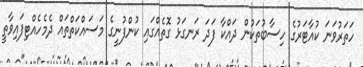
ހަތަރުވަނަ ކުއާޓަރުގެ ހިސާބުތަކުން ދައްކާ ފަދަ ރަނގަޅު ގޮތެއްގައި ކުންފުނީގެ މަސައްކަތްތައް ދެމެހެއްޓިފައިވާތީ